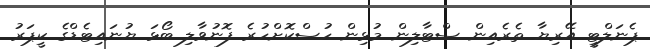
ޕެނަލްޓީ އޭރިޔާ ތެރެއިން ސްޓާލިން މުޅިން ހުސްކޮށްހުރެ ފޮނުވާލި ބޯޅަ ޔުނައިޓެޑްގެ ކީޕަރު